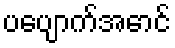
ပပျောက်အောင်